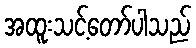
အထူးသင့်တော်ပါသည်